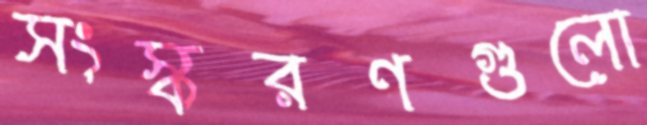
সংস্করণগুলো